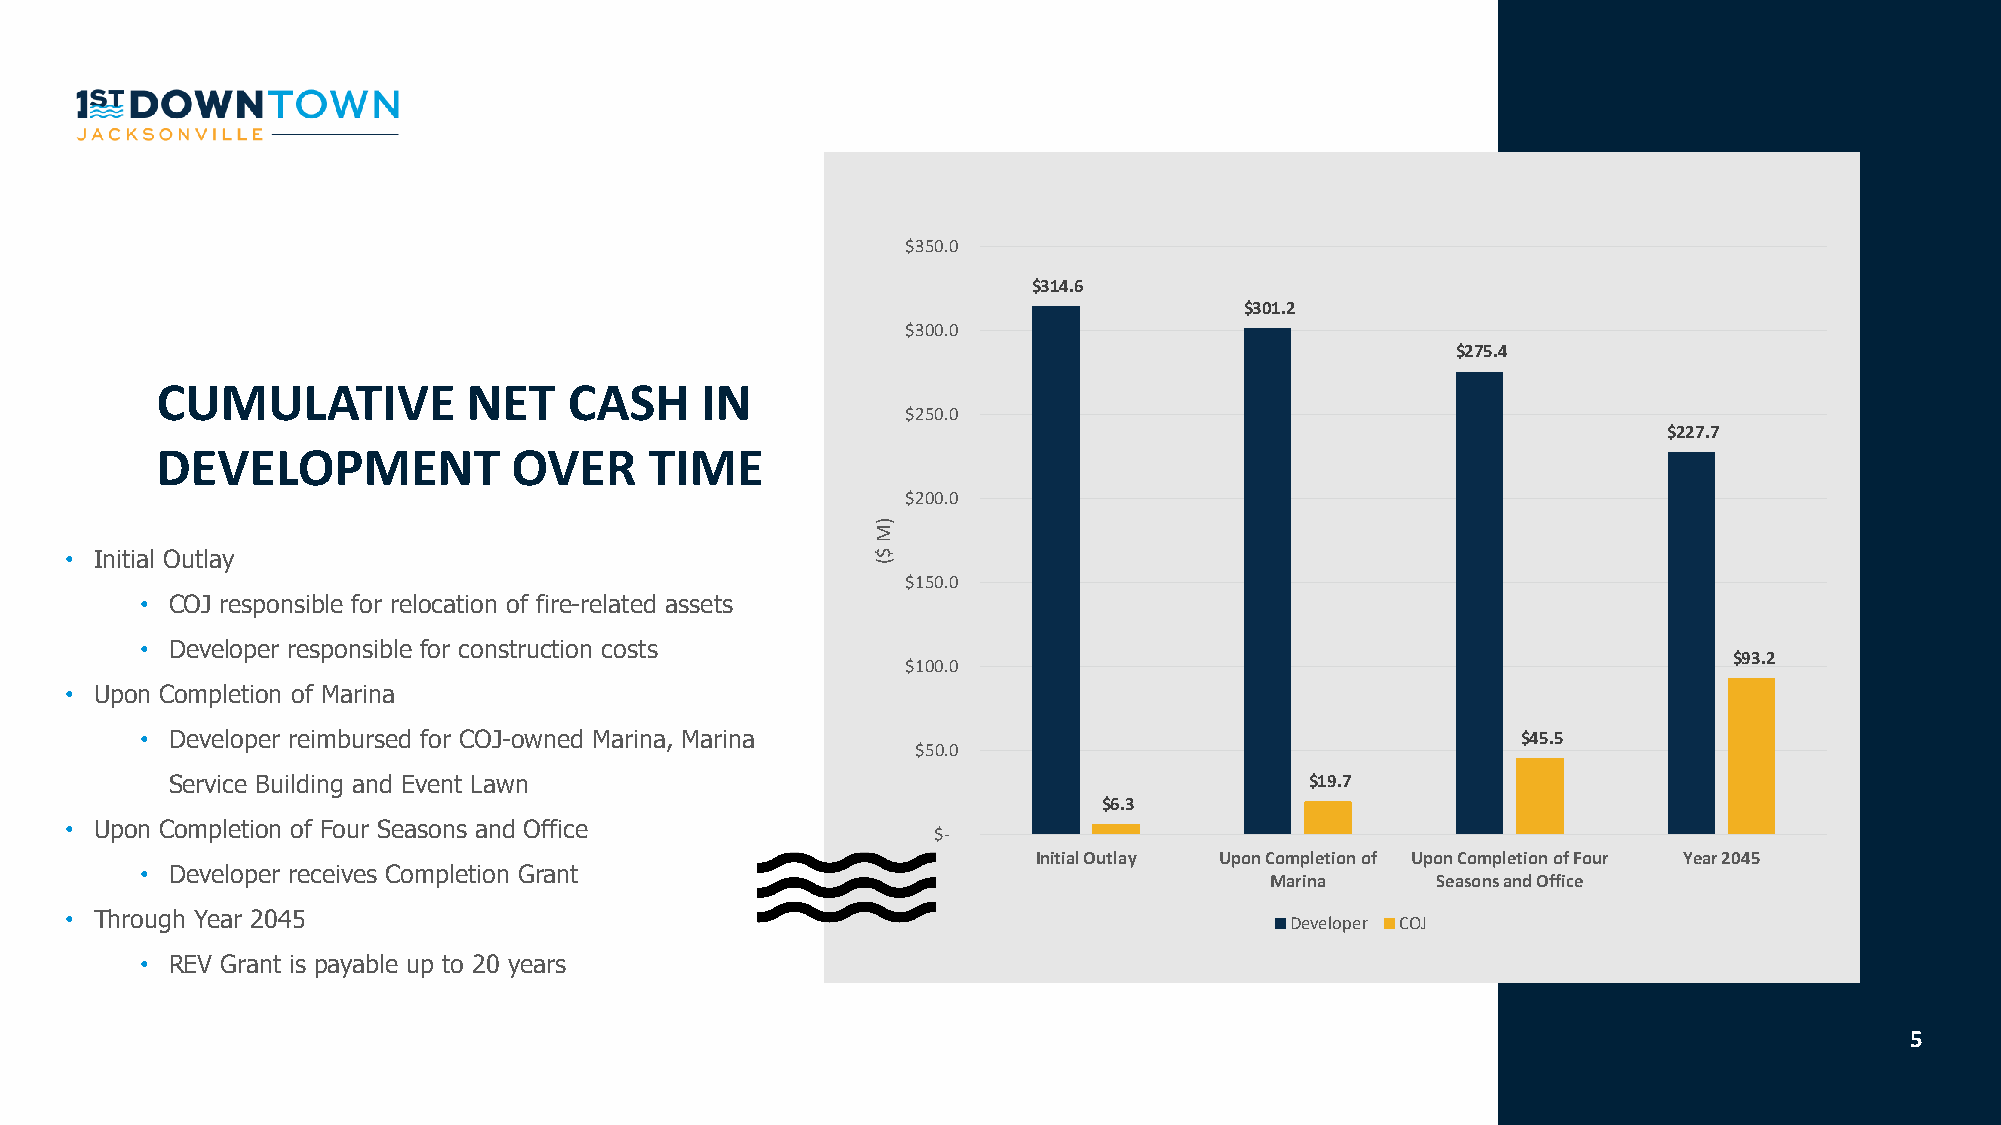
$350.0
 $314.6
 $301.2
 $300.0
 $275.4
 CUMULATIVE           NET    CASH    IN
 $250.0
 $227.7
 DEVELOPMENT             OVER     TIME
 $200.0
 )
 M
 • Initial Outlay                                      $
 (
 $150.0
 • COJ responsible for relocation of fire-related assets
 • Developer responsible for construction costs
 $93.2
 $100.0
 • Upon Completion of Marina
 • Developer reimbursed for COJ-owned Marina, Marina                                         $45.5
 $50.0
 Service Building and Event Lawn                                             $19.7
 $6.3
 • Upon Completion of Four Seasons and Office
 $-
 Initial Outlay Upon Completion of Upon Completion of Four Year 2045
 • Developer receives Completion Grant
 Marina     Seasons and Office
 • Through Year 2045                                                              Developer COJ
 • REV Grant is payable up to 20 years
 5